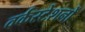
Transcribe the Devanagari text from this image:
वर्कस्टेशनों